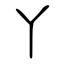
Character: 丫